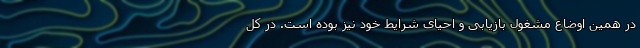
در همین اوضاع مشغول بازیابی و احیای شرایط خود نیز بوده است. در کل